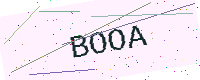
Text: BOOA